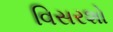
વિસરશો